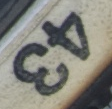
43